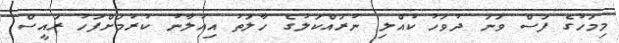
މިމަހުގެ ފަސް ވަނަ ދުވަހު ކުއްލި ނުރައްކަލުގެ ހާލަތު އިއުލާނު ކުރުމަށްފަހު ރައީސް